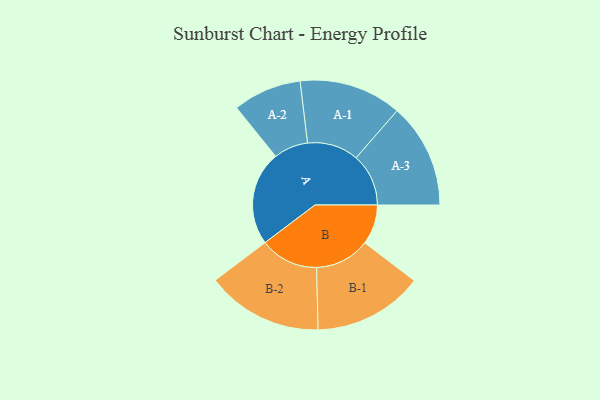
{"axis": {"x": "Segment", "y": "Value"}, "legend": ["", "A", "B"], "data": [{"x": "A", "y": 338, "type": ""}, {"x": "B", "y": 143, "type": ""}, {"x": "A-1", "y": 184, "type": "A"}, {"x": "A-2", "y": 123, "type": "A"}, {"x": "A-3", "y": 188, "type": "A"}, {"x": "B-1", "y": 197, "type": "B"}, {"x": "B-2", "y": 209, "type": "B"}]}